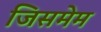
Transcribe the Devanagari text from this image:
जिसमेम